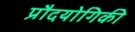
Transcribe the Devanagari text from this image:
प्रौदयोगिकी